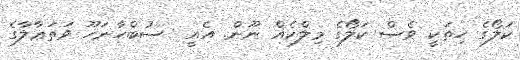
ކަލޯގެ ހިތަކީ ވެސް ކަލޯގެ މިލްކެއް ނޫން. އެއީ  ސުބްހާނަހޫ ވަތަޢާލާގެ